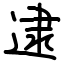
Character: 逮